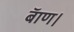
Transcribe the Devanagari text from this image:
बॅाण।